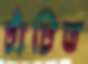
চাঁচিত